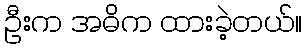
ဦးက အဓိက ထားခဲ့တယ်။